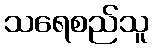
သရေစည်သူ